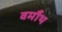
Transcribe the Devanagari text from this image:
वर्मौथ